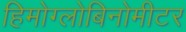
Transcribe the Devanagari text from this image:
हिमोग्लोबिनोमीटर